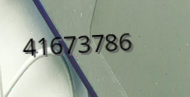
41673786